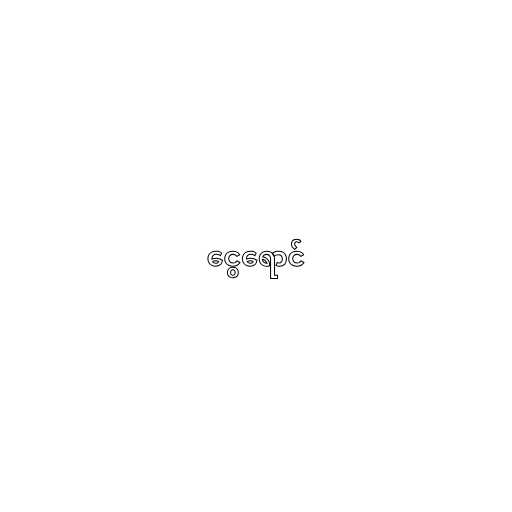
ငွေရောင်